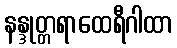
နန္ဒုတ္တရာထေရီဂါထာ